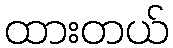
ထားတယ်